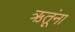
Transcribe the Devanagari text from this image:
ऋतूंना